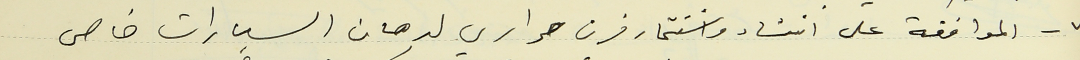
٧ - الموافقة على انشاء واستثمار فرن حراري لدهان السيارات خاص